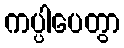
ကပ္ပါပေတွာ